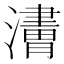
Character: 𤁿